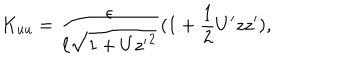
K _ { u u } = \frac { \epsilon } { \ell \sqrt { 1 + U { z ^ { \prime } } ^ { 2 } } } ( 1 + \frac { 1 } { 2 } U ^ { \prime } z z ^ { \prime } ) ,